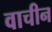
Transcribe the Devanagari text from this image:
वाचीन